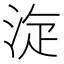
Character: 㳬